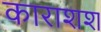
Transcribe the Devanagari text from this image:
काराशश